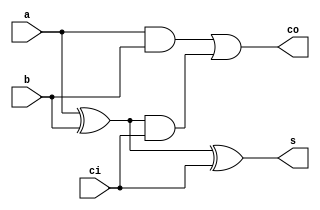
/*
 * \file RCA_3_0.v 
 * \author Jorge Castro-Godinez <jorge.castro-godinez@kit.edu>
 * Chair for Embedded Systems (CES)
 * Karlsruhe Institute of Technology (KIT), Germany
 * Prof. Dr. Joerg Henkel
 *
 * \brief Verilog implementation of a 4-bit Ripple Carry Adder (RCA)
 *
 */

module fullAdder (
		input a, 
		input b,
		input ci,
		output s,
		output co
	);

	wire p,g;

	// propagation signal
	xor (p,a,b);
	// generation signal
	and (g,a,b);

	// sum calculation
	assign s = p ^ ci;
	//carry output array calculation
	assign co = g | (p & ci);

endmodule


module RCA_4b(
		input [3:0] in1, 
		input [3:0] in2,
	    	input cin,
		output [4:0] out
);

	wire c0,c1,c2,c3;

	fullAdder FA0(in1[0],in2[0],cin,out[0],c0);
	fullAdder FA1(in1[1],in2[1],c0,out[1],c1);
	fullAdder FA2(in1[2],in2[2],c1,out[2],c2);
	fullAdder FA3(in1[3],in2[3],c2,out[3],c3);
  
	assign out[4] = c3;
endmodule